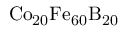
\mathrm { { C o } _ { 2 0 } \mathrm { { F e } _ { 6 0 } \mathrm { { B } _ { 2 0 } } } }